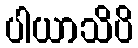
ပါယာသိပိ